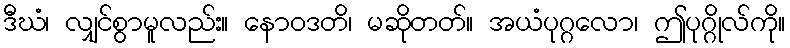
ဒီဃံ၊ လျှင်စွာမူလည်း။ နောဝဒတိ၊ မဆိုတတ်။ အယံပုဂ္ဂလော၊ ဤပုဂ္ဂိုလ်ကို။